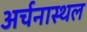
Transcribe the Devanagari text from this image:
अर्चनास्थल